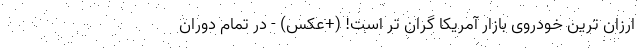
ارزان ترین خودروی بازار آمریکا گران تر است! (+عکس) - در تمام دوران